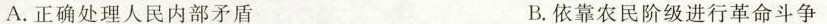
A.正确处理人民内部矛盾 B.依靠农民阶级进行革命斗争